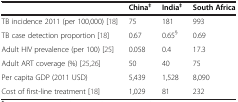
<table><thead><tr><td></td><td><b>China<sup>‡</sup></b></td><td><b>India<sup>‡</sup></b></td><td><b>South Africa</b></td></tr></thead><tbody><tr><td>TB incidence 2011 (per 100,000) [18]</td><td>75</td><td>181</td><td>993</td></tr><tr><td>TB case detection proportion [18]</td><td>0.67</td><td>0.65<sup>§</sup></td><td>0.69</td></tr><tr><td>Adult HIV prevalence (per 100) [25]</td><td>0.058</td><td>0.4</td><td>17.3</td></tr><tr><td>Adult ART coverage (%) [25,26]</td><td>50</td><td>40</td><td>75</td></tr><tr><td>Per capita GDP (2011 USD)</td><td>5,439</td><td>1,528</td><td>8,090</td></tr><tr><td>Cost of first-line treatment [18]</td><td>1,029</td><td>81</td><td>232</td></tr></tbody></table>